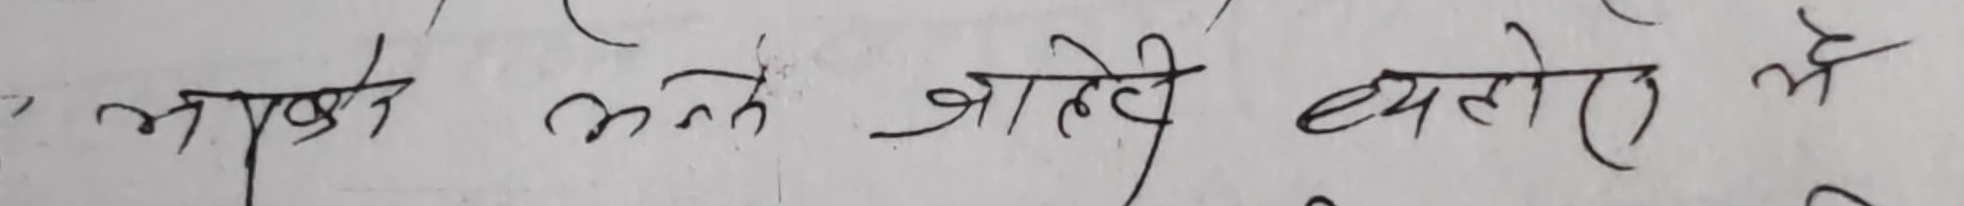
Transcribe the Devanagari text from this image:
भएका भन्ने चाहेरै व्यहोरे ले